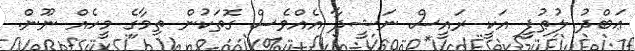
ޢަބްދު ލުޠުފީ އަކީ ރައީސް ނަޝީދާ އެއްވެސް ގޮތަކުން ތިމާގެ މީހެއް ނޫން.